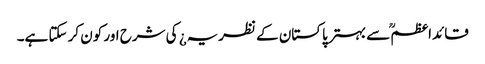
قائداعظمؒ سے بہتر پاکستان کے نظریہ¿ کی شرح اور کون کر سکتا ہے۔